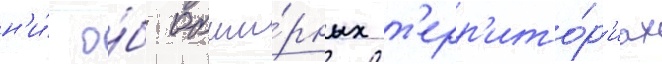
н'и́ о́б обши́рных т'ерр'ито́р'иах